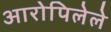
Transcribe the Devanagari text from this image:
आरोपिलेले